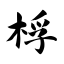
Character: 桴